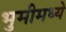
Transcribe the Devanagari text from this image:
भुमीमध्ये